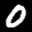
Label: 0